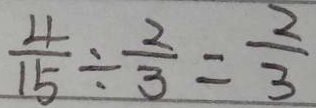
\frac { 4 } { 1 5 } \div \frac { 2 } { 3 } = \frac { 2 } { 3 }